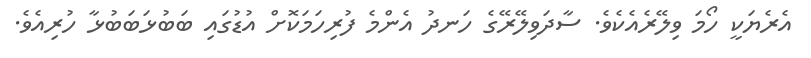
އެރެޔަކީ ހޯމަ ވިލޭރެއެކެވެ. ސާދަވިލޭރޭގެ ހަނދު އެންމެ ފުރިހަމަކޮށް އުޑުގައި ބަބުޅަބަބުޅާ ހުރިއެވެ.